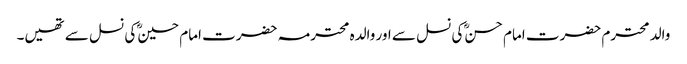
والد محترم حضرت امام حسنؓ کی نسل سے اور والدہ محترمہ حضرت امام حسینؓ کی نسل سے تھیں۔